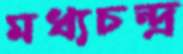
মধ্যচন্দ্র